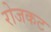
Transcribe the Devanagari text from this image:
रोजकट